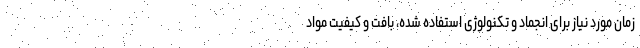
زمان مورد نیاز برای انجماد و تکنولوژی استفاده شده، بافت و کیفیت مواد